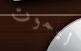
ليموت